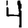
Digit: 4